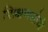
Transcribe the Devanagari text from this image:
शिक्षणसोयी